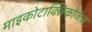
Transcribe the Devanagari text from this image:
माइकोटाक्सिकोजेज